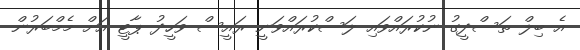
އެ ބިލް ތަސްދީގު ނުކުރައްވައި ލަސްކުރައްވަނީ ރައީސް ވަހީދު ޕާޓީ އަށް މެމްބަރުން